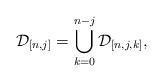
LaTeX: \begin{align*}\mathcal{D}_{[n,j]}=\bigcup_{k=0}^{n-j}\mathcal{D}_{[n,j,k]},\end{align*}